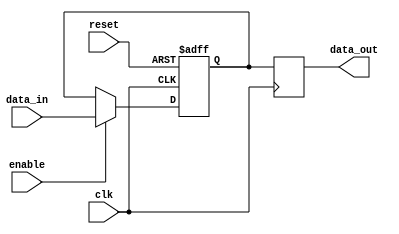
module RC_Delay (
    input wire clk,
    input wire reset,
    input wire enable,
    input wire [7:0] data_in,
    output reg [7:0] data_out
);

parameter delay = 10; // Delay value in time units (adjust as needed)
reg [7:0] buffer;

always @ (posedge clk or posedge reset) begin
    if (reset) begin
        buffer <= 8'h00;
    end else if (enable) begin
        #delay buffer <= data_in;
    end
end

always @ (posedge clk) begin
    data_out <= buffer;
end

endmodule